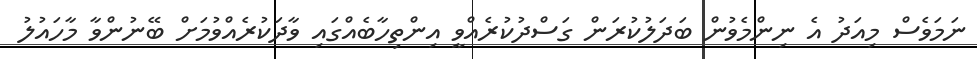
ނަމަވެސް މިއަދު އެ ނިންމެވުން ބަދަލުކުރަން ގަސްދުކުރެއްވީ އިންތިހާބެއްގައި ވާދަކުރެއްވުމަށް ބޭނުންވާ މާހައުލު